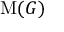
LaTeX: \operatorname { M } ( G )